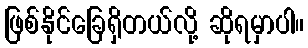
ဖြစ်နိုင်ခြေရှိတယ်လို့ ဆိုရမှာပါ။